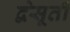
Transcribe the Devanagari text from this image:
द्वेसूती